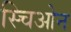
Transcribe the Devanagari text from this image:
स्चिओन